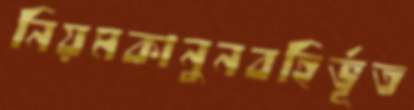
নিয়মকানুনবহির্ভূত